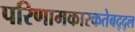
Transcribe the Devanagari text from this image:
परिणामकारकतेबद्द्ल